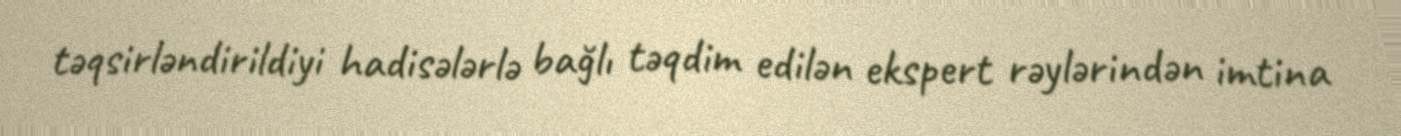
təqsirləndirildiyi hadisələrlə bağlı təqdim edilən ekspert rəylərindən imtina